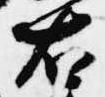
右